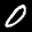
Label: 0